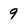
Character: 9